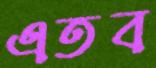
এতব